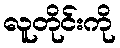
လူတိုင်းကို